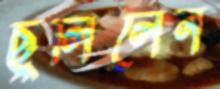
ছুলিলেন